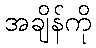
အချိန်ကို